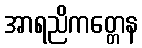
အာရညိကတ္တေန